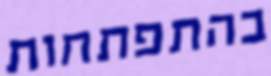
בהתפתחות